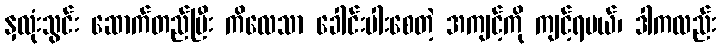
နှလုံးသွင်း ဆောက်တည်ပြီး ကိလေသာ ခေါင်းပါးစေတဲ့ အကျင့်ကို ကျင့်ရမယ်၊ ဒါကလည်း